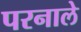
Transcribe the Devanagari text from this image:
परनाले